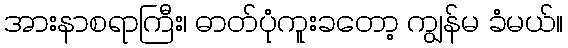
အားနာစရာကြီး၊ ဓာတ်ပုံကူးခတော့ ကျွန်မ ခံမယ်။